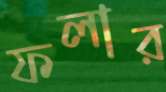
ফলার